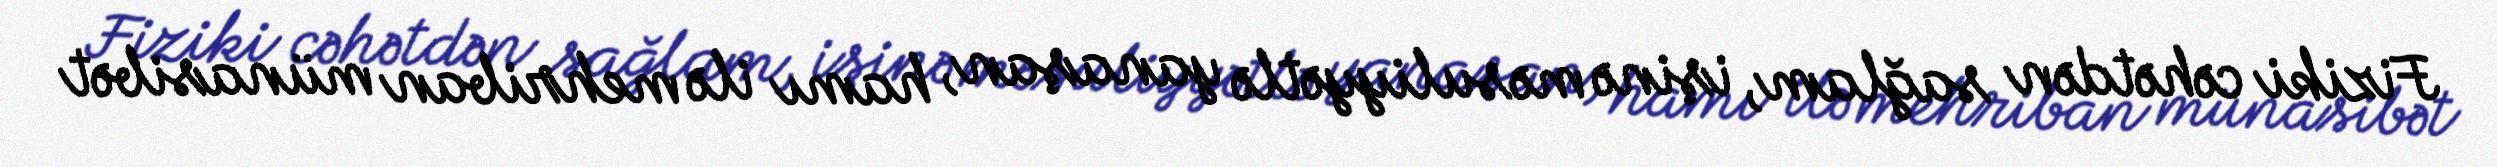
Fiziki cəhətdən sağlam, işinə məsuliyyətlə yanaşan, hamı ilə mehriban münasibət